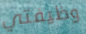
وظيفتي